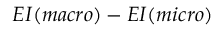
E I ( m a c r o ) - E I ( m i c r o )